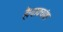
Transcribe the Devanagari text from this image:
है।वाक्यांश